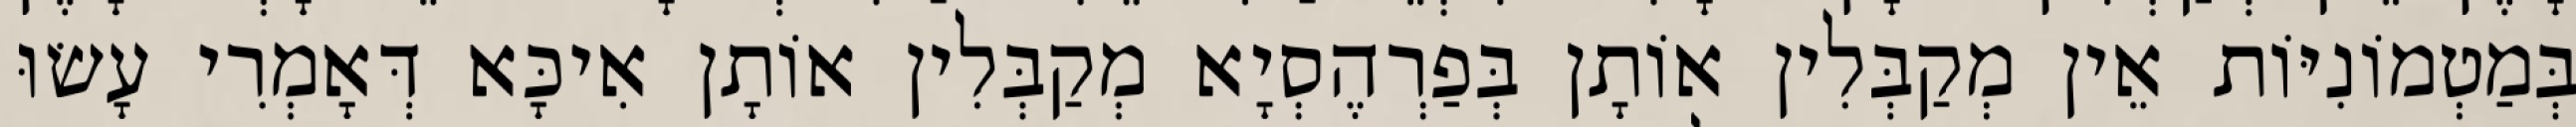
בְּמַטְמוֹנִיּוֹת אֵין מְקַבְּלִין אוֹתָן בְּפַרְהֶסְיָא מְקַבְּלִין אוֹתָן אִיכָּא דְּאָמְרִי עָשׂוּ